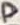
Text: D